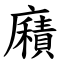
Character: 廭